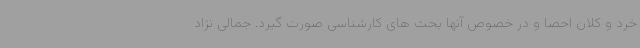
خرد و کلان احصا و در خصوص آنها بحث های کارشناسی صورت گیرد. جمالی نژاد